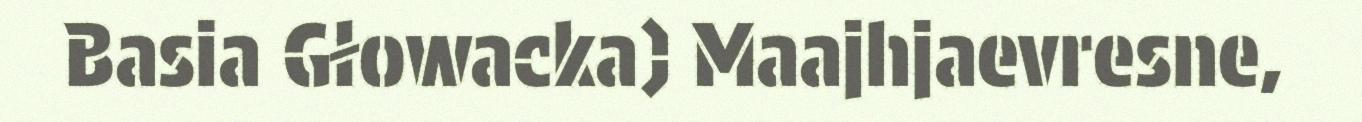
Basia Głowacka) Maajhjaevresne,